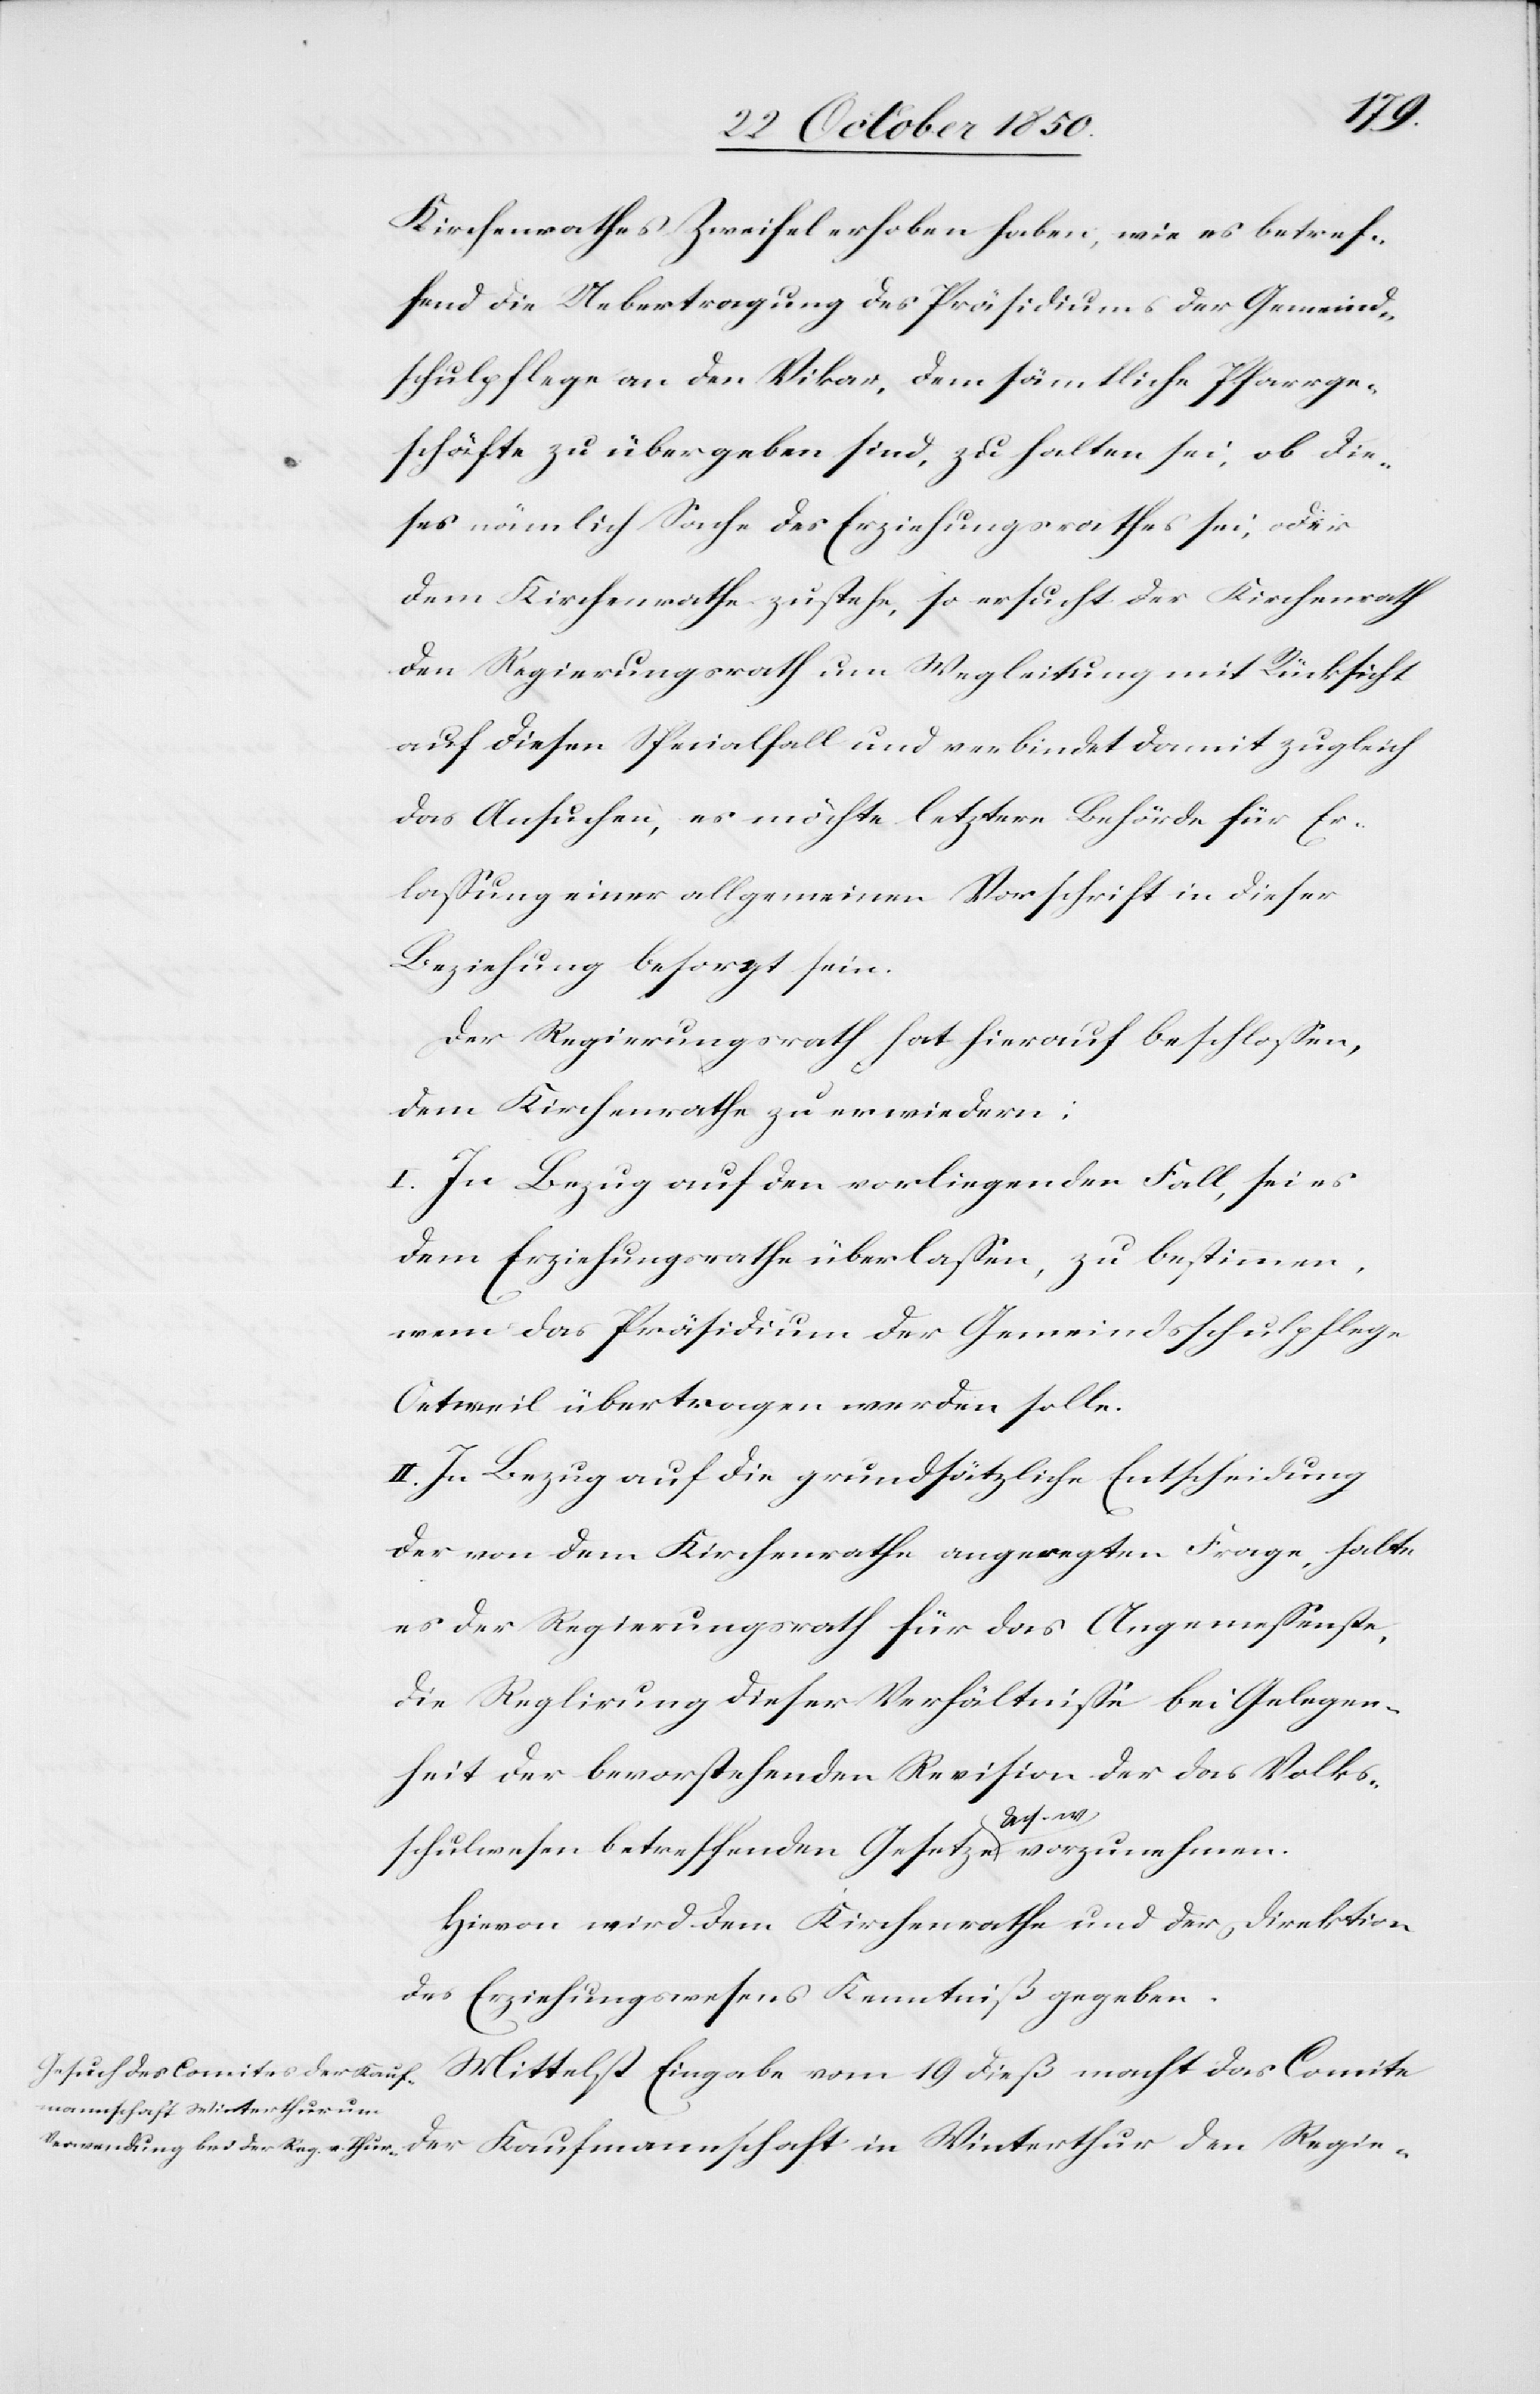
Kirchenrathes Zweifel erhoben haben, wie es betref¬
fend die Uebertragung des Präsidiums der Gemeind¬
schulpflege an den Vikar, dem sämmtliche Pfarrge¬
schäfte zu übergeben sind, zu halten sei, ob die¬
ses nämlich Sache des Erziehungsrathes sei, oder
dem Kirchenrathe zustehe, so ersucht der Kirchenrath
den Regierungsrath um Wegleitung mit Rücksicht
auf diesen Specialfall und verbindet damit zugleich
das Ansuchen, es möchte letztere Behörde für Er¬
lassung einer allgemeinen Vorschrift in dieser
Beziehung besorgt sein.
Der Regierungsrath hat hierauf beschlossen,
dem Kirchenrathe zu erwiedern:
I. In Bezug auf den vorliegenden Fall, sei es
dem Erziehungsrathe überlassen, zu bestimmen,
wem das Präsidium der Gemeindsschulpflege
Oetweil übertragen werden solle.
II. In Bezug auf die grundsätzliche Entscheidung
der von dem Kirchenrathe angeregten Frage, halte
es der Regierungsrath für das Angemessenste,
die Reglirung dieser Verhältnisse bei Gelegen¬
heit der bevorstehenden Revision des das Volks¬
schulwesen betreffenden Gesetzes & s. w. vorzunehmen.
Hievon wird dem Kirchenrathe und der Direktion
des Erziehungswesens Kenntniß gegeben.
Mittelst Eingabe vom 19 dieß macht das Comite
Kaufmannschaft in Winterthur den